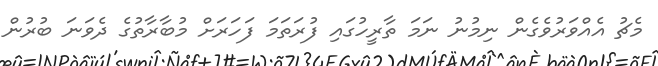
މެޗު އެއްވަރުވެގެން ނިމުނު ނަމަ ތާރީހުގައި ފުރަތަމަ ފަހަރަށް މުބާރާތުގެ ދެވަނަ ބުރުން